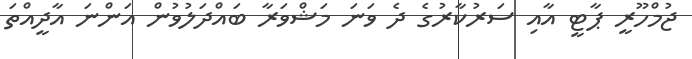
ޖުމްހޫރީ ޕާޓީ އާއި ސަރުކާރުގެ ދެ ވަނަ މަޝްވަރާ ބައްދަލުވުން އަންނަ އާދީއްތަ